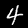
Digit: 4